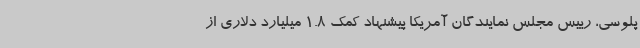
پلوسی، رییس مجلس نمایندگان آمریکا پیشنهاد کمک 1.8 میلیارد دلاری از